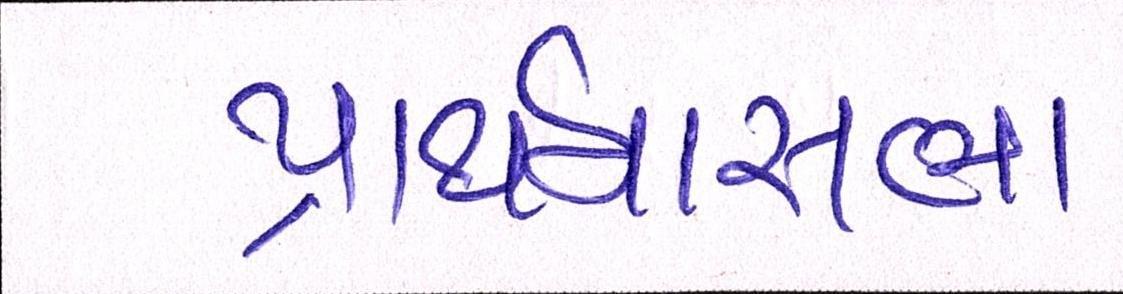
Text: પ્રાર્થનાસભા